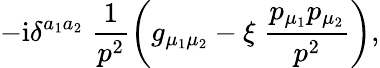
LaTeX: -\mathrm{i}\delta^{a_{1}a_{2}}\; \frac{1}{p^{2}}\left(g_{\mu_{1}\mu_{2}}-\xi\; \frac{p_{\mu_{1}}p_{\mu_{2}}}{p^{2}}\right),